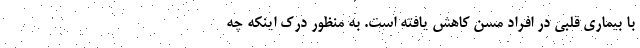
با بیماری قلبی در افراد مسن کاهش ‌یافته است. به ‌منظور درک اینکه چه